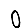
Digit: 0